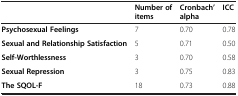
|  | Number of items | Cronbach’ alpha | ICC |
 | --- | --- | --- | --- |
 | Psychosexual Feelings | 7 | 0.70 | 0.78 |
 | Sexual and Relationship Satisfaction | 5 | 0.71 | 0.50 |
 | Self-Worthlessness | 3 | 0.70 | 0.58 |
 | Sexual Repression | 3 | 0.75 | 0.83 |
 | The SQOL-F | 18 | 0.73 | 0.88 |